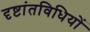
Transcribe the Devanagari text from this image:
दृष्टांतविधियों